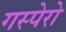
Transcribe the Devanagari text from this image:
गस्पेरो